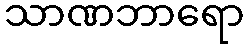
သာဏဘာရော